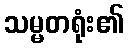
သမ္မတရုံး၏